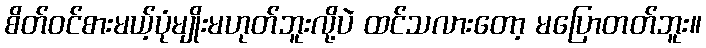
စိတ်ဝင်စားမယ့်ပုံမျိုးမဟုတ်ဘူးလို့ပဲ ထင်သလားတော့ မပြောတတ်ဘူး။